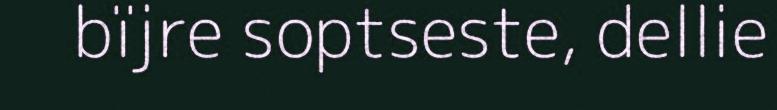
bïjre soptseste, dellie